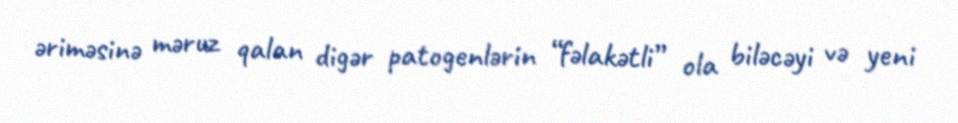
əriməsinə məruz qalan digər patogenlərin “fəlakətli” ola biləcəyi və yeni